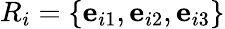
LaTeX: {R}_{i}=\{ \mathbf{e}_{i1},\mathbf{e}_{i2},\mathbf{e}_{i3}\}